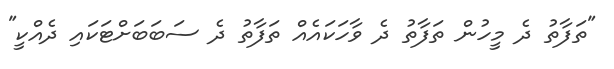
"ތަފާތު ދެ މީހުން ތަފާތު ދެ ވާހަކައެއް ތަފާތު ދެ ސަބަބަށްޓަކައި ދެއްކީ"